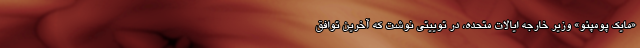
«مایک پومپئو» وزیر خارجه ایالات متحده، در توییتی نوشت که آخرین توافق